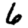
Digit: 6